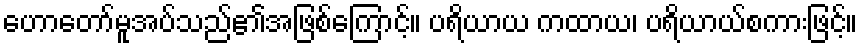
ဟောတော်မူအပ်သည်၏အဖြစ်ကြောင့်။ ပရိယာယ ကထာယ၊ ပရိယာယ်စကားဖြင့်။